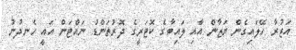
އަޒުރާ ހޭލައިގެން ޔަޒާން އާއި ލައިބާގެ ކޮޓަރީގެ ދޮރުތަންޑު ނައްޓަން އައީ ހެނދުނު